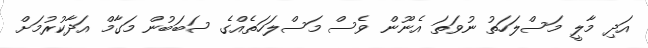
އަދި މާލީ މަސްލަހަތު ނުވަތަ އެނޫން ވެސް މަސްލަހަތެއްގެ ސަބަބުން މަގާމް އަދާކުރުމަށް